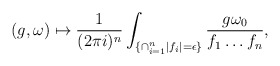
\begin{align*} (g, \omega) \mapsto \frac{1}{(2\pi i)^n} \int_{\{ \cap_{i=1}^n |f_i|=\epsilon \}} \frac{g \omega_0}{f_1 \dots f_n},\end{align*}